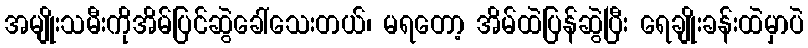
အမျိုးသမီးကိုအိမ်ပြင်ဆွဲခေါ်သေးတယ်၊ မရတော့ အိမ်ထဲပြန်ဆွဲပြီး ရေချိုးခန်းထဲမှာပဲ